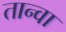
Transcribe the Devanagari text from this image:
तान्वा